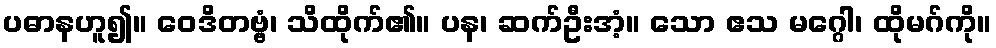
ပဓာနဟူ၍။ ဝေဒိတဗ္ဗံ၊ သိထိုက်၏။ ပန၊ ဆက်ဦးအံ့။ သော ဧသ မဂ္ဂေါ၊ ထိုမဂ်ကို။